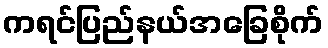
ကရင်ပြည်နယ်အခြေစိုက်